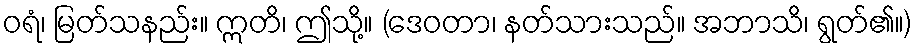
ဝရံ၊ မြတ်သနည်း။ ဣတိ၊ ဤသို့။ (ဒေဝတာ၊ နတ်သားသည်။ အဘာသိ၊ ရွတ်၏။)